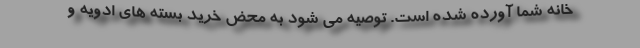
خانه شما آورده شده است. توصیه می شود به محض خرید بسته های ادویه و